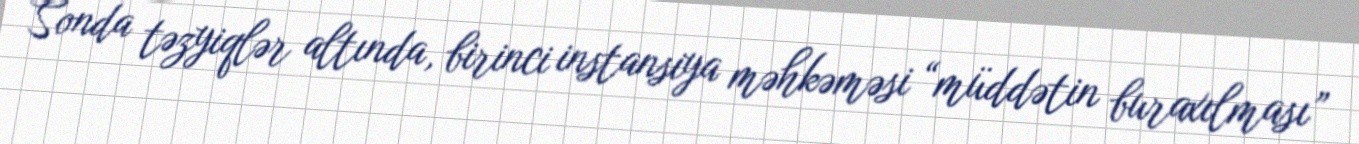
Sonda təzyiqlər altında, birinci instansiya məhkəməsi “müddətin buraxılması”